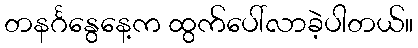
တနင်္ဂနွေနေ့က ထွက်ပေါ်လာခဲ့ပါတယ်။